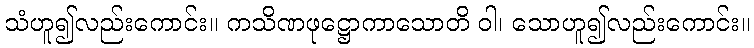
သံဟူ၍လည်းကောင်း။ ကသိဏဖုဋ္ဌောကာသောတိ ဝါ၊ သောဟူ၍လည်းကောင်း။